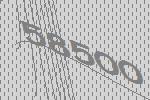
58500